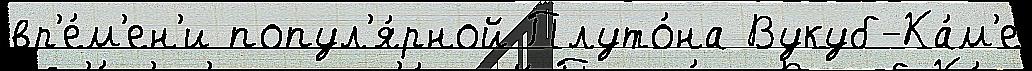
вр'е́м'ен'и попул'я́рной Плуто́на Вукуб-Ка́м'е